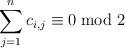
LaTeX: \begin{align*} \sum_{j=1}^n c_{i,j}\equiv0\bmod{2} \end{align*}